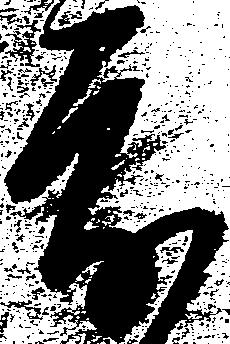
度